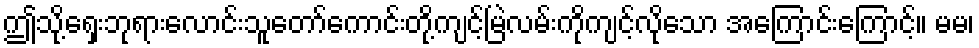
ဤသို့ရှေးဘုရားလောင်းသူတော်ကောင်းတို့ကျင့်မြဲလမ်းကိုကျင့်လိုသော အကြောင်းကြောင့်။ မမ၊